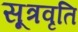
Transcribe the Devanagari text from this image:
सूत्रवृति